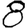
Digit: 8